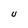
Character: U